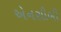
એનસીબી